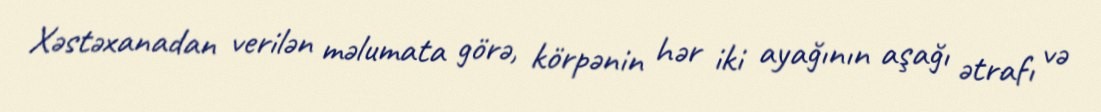
Xəstəxanadan verilən məlumata görə, körpənin hər iki ayağının aşağı ətrafı və